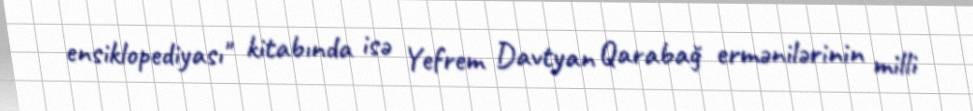
ensiklopediyası" kitabında isə Yefrem Davtyan Qarabağ ermənilərinin milli